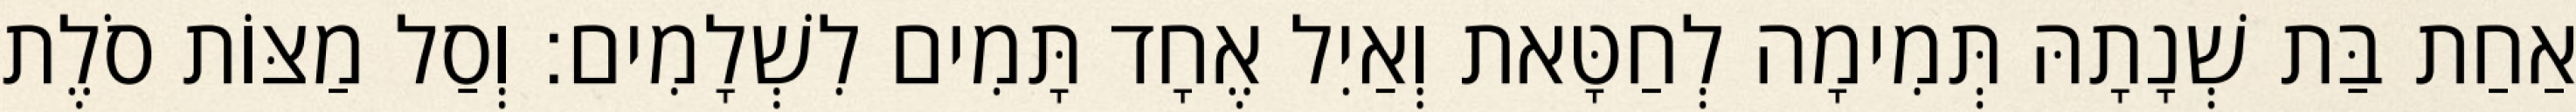
אַחַת בַּת שְׁנָתָהּ תְּמִימָה לְחַטָּאת וְאַיִל אֶחָד תָּמִים לִשְׁלָמִים׃ וְסַל מַצּוֹת סֹלֶת